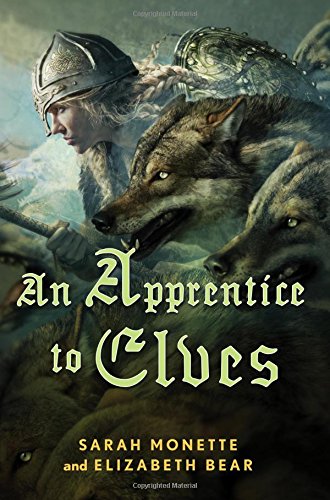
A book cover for An Apprentice to Elves (Iskryne); Elizabeth Bear; Romance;